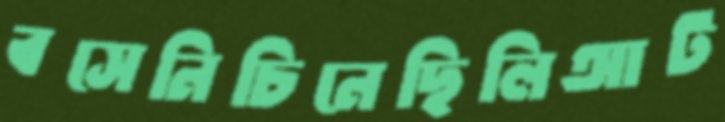
বসেনিচিনেছিলিআট